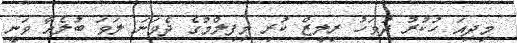
މިދިއަ ހުކުުރު ދުވަހު ރިލީޒް ކުރި މިފިލްމުގެ ދެވަނަ ލަވަ ބުލެއާ ވަނީ